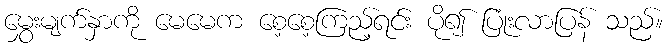
မွှေးမျက်နှာကို မေမေက စေ့စေ့ကြည့်ရင်း ပို၍ ပြုံးလာပြန် သည်။